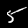
Label: 5